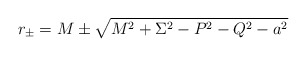
\begin{align*}r_\pm = M \pm\sqrt{M^2+\Sigma^2-P^2-Q^2-a^2}\end{align*}